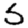
Digit: 5